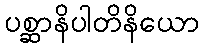
ပစ္ဆာနိပါတိနိယော